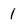
Character: 1